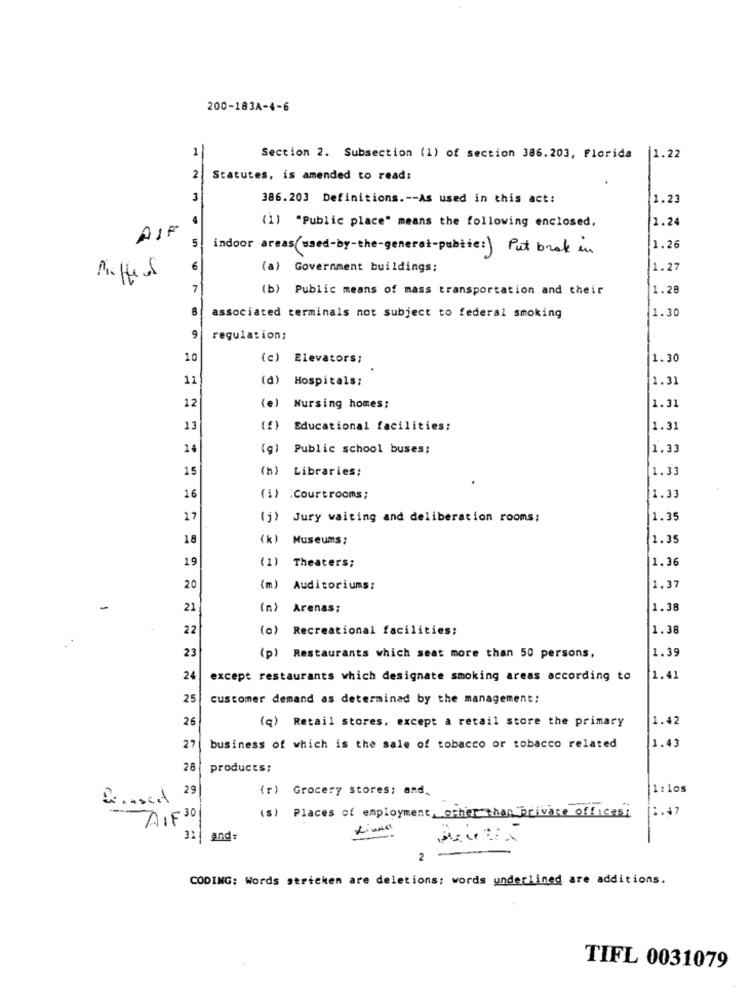
200-183A-4-6
11
Section 2. Subsection (1) of section 386.203, Florida |1.22
2
Statutes, is amended to read:
3
386.203 Definitions .-- As used in this act:
1.23
4
AIR
(1) "Public place" means the following enclosed,
1.24
5
indoor areas (used-by-the-general-pubtic:) Put brak in
1.26
6
(a) Government buildings;
1.27
Maffes
7
(b) Public means of mass transportation and their
1.28
8
associated terminals not subject to federal smoking
1.30
9
regulation;
10
(c) Elevators;
1.30
11
(a)
Hospitals;
1.31
12
(e) Nursing homes;
1.31
13
(f)
Educational facilities:
1.31
14
(g) Public school buses;
1.33
15
Libraries;
1.33
16
(i) :Courtrooms;
1.33
17
(j) Jury waiting and deliberation rooms;
1.35
18
(k)
Museums;
1.35
19
(1)
Theaters;
1.36
20
(m) Auditoriums:
1.37
-
21
) Arenas;
1.38
22
(c) Recreational facilities;
1.38
1.39
23
(p) Restaurants which seat more than 50 persons,
24
except restaurants which designate smoking areas according to
1.41
25
customer demand as determined by the management:
26
(q) Retail stores, except a retail store the primary
1.42
27
business of which is the sale of tobacco or tobacco related
1.43
28
products;
29
(r) Grocery stores; and.
1:1os
18.47
AIF 30
(s) Places of employment, other than private offices;
31 | and.
2
CODING: Words stricken are deletions; words underlined are additions.
TIFL 0031079